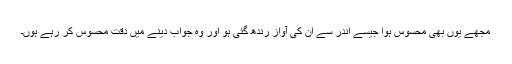
مجھے یوں بھی محسوس ہوا جیسے اندر سے ان کی آواز رندھ گئی ہو اور وہ جواب دینے میں دقت محسوس کر رہے ہوں۔